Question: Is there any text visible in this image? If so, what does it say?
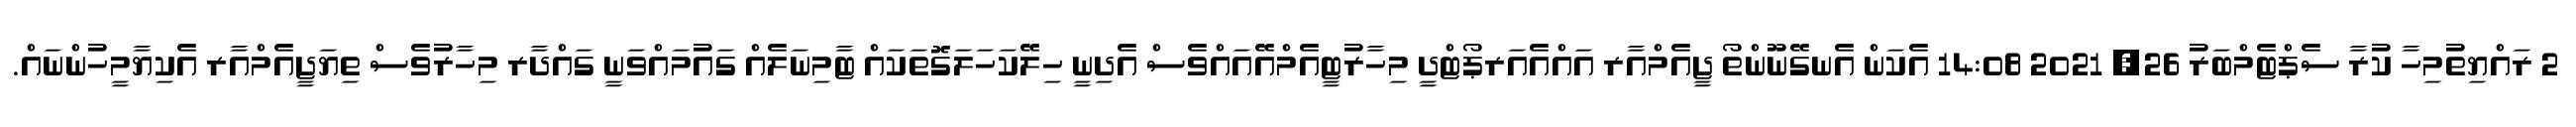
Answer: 2 ރައްޔިތުމިހާ ކުރާ ސެޕްޓެމްބަރު 26, 2021 14:08 އެކަން އެނގޭނޫންތޯ ޖީއެމްއާރ އައްއެއަރޕޯޓްދީ މިހާރުޓީއެމްއޭއައްވެސް އެދިނީ ހިލޭކަހަލަގޮތަކައް ޓާމިނަލެއް ގައުމައްވަނީ ގައްދާރ މިހާރުވެސް ތިޔަޖީއެމްއާރ އެކިޔާމީހުންނައް.